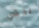
تخشي